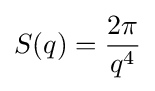
S(q)={\frac {2\pi }{q^{4}}}